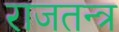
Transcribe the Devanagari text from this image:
राजतन्‍त्र